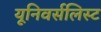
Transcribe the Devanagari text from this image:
यूनिवर्सलिस्ट